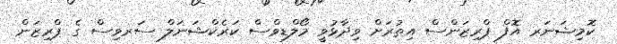
ކޮމިޝަނަރ އޮފް ޕްރިޒަންސް އިތުރަށް ވިދާޅުވީ މޯލްޑިވްސް ކަރެކްޝަނަލް ސަރވިސް ގެ ޕްރިޒަން